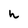
Character: h